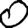
Digit: 0